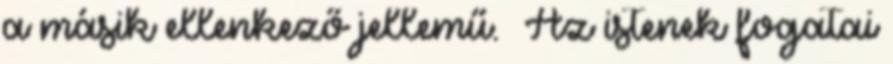
a másik ellenkező jellemű. Az istenek fogatai